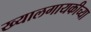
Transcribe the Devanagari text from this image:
ख्यालगायकीच्या